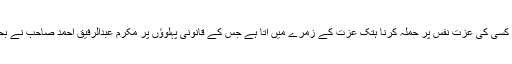
خبروں میں کسی کی عزت نفس پر حملہ کرنا ہتک عزت کے زمرے میں آتا ہے جس کے قانونی پہلوؤں پر مکرم عبدالرفیق احمد صاحب نے بحث کی ہے۔